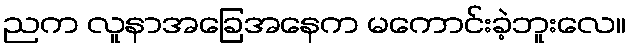
ညက လူနာအခြေအနေက မကောင်းခဲ့ဘူးလေ။